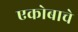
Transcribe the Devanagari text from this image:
एकोबाचे